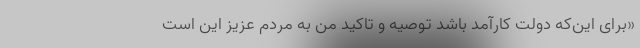
«برای این‌که دولت کارآمد باشد توصیه و تاکید من به مردم عزیز این است